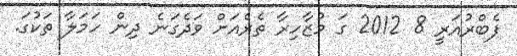
ފެބްރުއަރީ 8 2012 ގަ މުޒާހިރާ ތެރެއަށް ވަދެގަނެ ދިން ހަމަލާ ތަކުގަ.